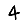
Digit: 4